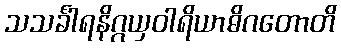
သသင်္ခါရနိဂ္ဂယှဝါရိယာဓိဂတောတိ